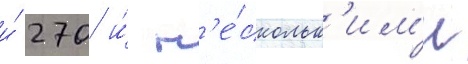
и́ 270 и́ н'е́скольк'им'и